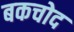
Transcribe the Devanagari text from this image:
बकचोद